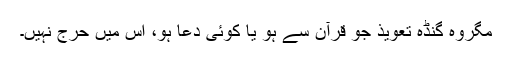
مگروہ گنڈہ تعویذ جو قرآن سے ہو یا کوئی دعا ہو، اس میں حرج نہیں۔